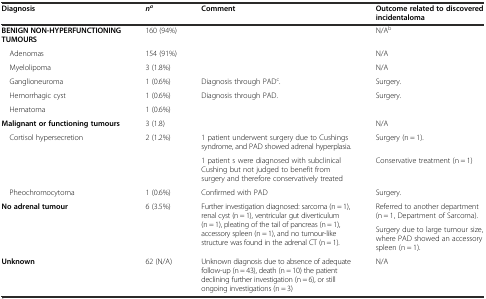
<table><thead><tr><td><b>Diagnosis</b></td><td><b><i>n</i><sup><i>a</i></sup></b></td><td><b>Comment</b></td><td><b>Outcome related to discovered incidentaloma</b></td></tr></thead><tbody><tr><td><b>BENIGN NON-HYPERFUNCTIONING TUMOURS</b></td><td>160 (94%)</td><td></td><td>N/A<sup>b</sup></td></tr><tr><td> Adenomas</td><td>154 (91%)</td><td></td><td>N/A</td></tr><tr><td> Myelolipoma</td><td>3 (1.8%)</td><td></td><td>N/A</td></tr><tr><td> Ganglioneuroma</td><td>1 (0.6%)</td><td>Diagnosis through PAD<sup>c</sup>.</td><td>Surgery.</td></tr><tr><td> Hemorrhagic cyst</td><td>1 (0.6%)</td><td>Diagnosis through PAD.</td><td>Surgery.</td></tr><tr><td> Hematoma</td><td>1 (0.6%)</td><td></td><td></td></tr><tr><td><b>Malignant or functioning tumours</b></td><td>3 (1.8)</td><td></td><td>N/A</td></tr><tr><td rowspan="2"> Cortisol hypersecretion</td><td rowspan="2">2 (1.2%)</td><td>1 patient underwent surgery due to Cushings syndrome, and PAD showed adrenal hyperplasia.</td><td>Surgery (n = 1).</td></tr><tr><td>1 patient s were diagnosed with subclinical Cushing but not judged to benefit from surgery and therefore conservatively treated</td><td>Conservative treatment (n = 1)</td></tr><tr><td> Pheochromocytoma</td><td>1 (0.6%)</td><td>Confirmed with PAD</td><td>Surgery.</td></tr><tr><td rowspan="2"><b>No adrenal tumour</b></td><td rowspan="2">6 (3.5%)</td><td rowspan="2">Further investigation diagnosed: sarcoma (n = 1), renal cyst (n = 1), ventricular gut diverticulum (n = 1), pleating of the tail of pancreas (n = 1), accessory spleen (n = 1), and no tumour-like structure was found in the adrenal CT (n = 1).</td><td>Referred to another department (n = 1, Department of Sarcoma).</td></tr><tr><td>Surgery due to large tumour size, where PAD showed an accessory spleen (n = 1).</td></tr><tr><td><b>Unknown</b></td><td>62 (N/A)</td><td>Unknown diagnosis due to absence of adequate follow-up (n = 43), death (n = 10) the patient declining further investigation (n = 6), or still ongoing investigations (n = 3)</td><td>N/A</td></tr></tbody></table>